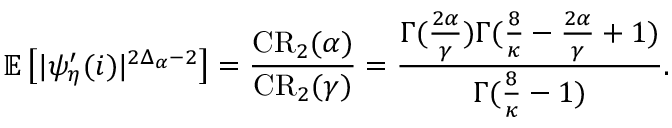
\mathbb E \left[ | \psi _ { \eta } ^ { \prime } ( i ) | ^ { 2 \Delta _ { \alpha } - 2 } \right] = \frac { \mathrm { { C R } } _ { 2 } ( \alpha ) } { { \mathrm { C R } } _ { 2 } ( \gamma ) } = \frac { \Gamma ( \frac { 2 \alpha } { \gamma } ) \Gamma ( \frac { 8 } { \kappa } - \frac { 2 \alpha } { \gamma } + 1 ) } { \Gamma ( \frac { 8 } { \kappa } - 1 ) } .